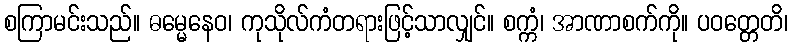
စကြာမင်းသည်။ ဓမ္မေနေဝ၊ ကုသိုလ်ကံတရားဖြင့်သာလျှင်။ စက္ကံ၊ အာဏာစက်ကို။ ပဝတ္တေတိ၊